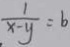
\frac { 1 } { x - y } = b